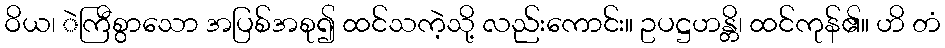
ဝိယ၊ ဲကြီစွာသော အပြစ်အစု၍ ထင်သကဲ့သို့ လည်းကောင်း။ ဥပဋ္ဌဟန္တိ၊ ထင်ကုန်၏။ ဟိ တံ